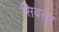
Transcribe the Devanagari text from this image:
सिबलर